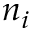
n _ { i }